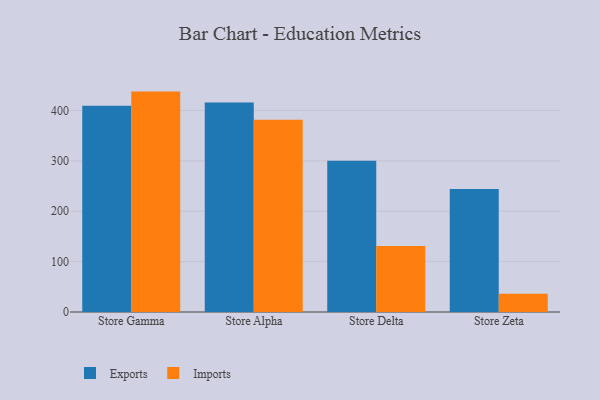
{"axis": {"x": "Store", "y": "Production Output"}, "legend": ["Exports", "Imports"], "data": [{"x": "Store Gamma", "y": 409.5, "type": "Exports"}, {"x": "Store Gamma", "y": 437.4, "type": "Imports"}, {"x": "Store Alpha", "y": 416.0, "type": "Exports"}, {"x": "Store Alpha", "y": 381.7, "type": "Imports"}, {"x": "Store Delta", "y": 300.1, "type": "Exports"}, {"x": "Store Delta", "y": 130.8, "type": "Imports"}, {"x": "Store Zeta", "y": 244.1, "type": "Exports"}, {"x": "Store Zeta", "y": 36.2, "type": "Imports"}]}